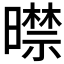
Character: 𣋜